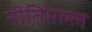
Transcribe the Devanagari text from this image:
नीतिमल्ल